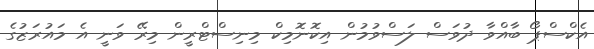
އެކްސްޕޯ ބާއްވާ ދުވަސް ލަސްވުމުން އިކޮނޮމިކް މިނިސްޓްރީން މިރޭ ވަނީ އެ މައުރަޒުގެ